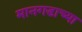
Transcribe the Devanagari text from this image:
मानगडाच्या